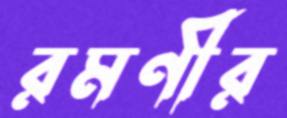
রমণীর